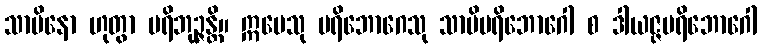
သာမိနော ဟုတွာ ပရိဘုဉ္ဇန္တိ။ ဣမေသု ပရိဘောဂေသု သာမိပရိဘောဂေါ စ ဒါယဇ္ဇပရိဘောဂေါ